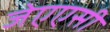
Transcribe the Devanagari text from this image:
जेएएसी